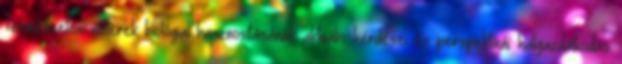
Természetes vízterek biológiai hasznosításának aktuális kérdései és perspektívái: halgazdálkodás